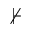
\nvdash